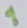
Text: 1